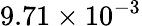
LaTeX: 9.71\times 10^{-3}